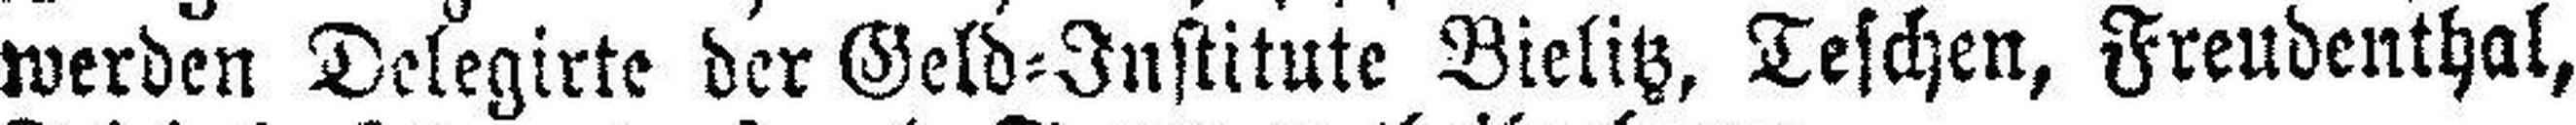
werden Delegirte der Geld=Institute Bielitz, Teschen, Freudenthal,